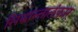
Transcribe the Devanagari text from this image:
सिद्धान्तालंकार